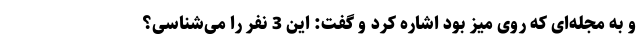
و به مجله‌ای که روی میز بود اشاره کرد و گفت: این 3 نفر را می‌شناسی؟